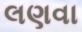
લણવા